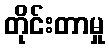
တိုင်းတာမှု